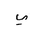
Letter: _ya